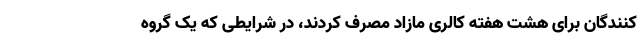
کنندگان برای هشت هفته کالری مازاد مصرف کردند، در شرایطی که یک گروه